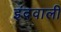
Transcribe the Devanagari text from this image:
इंदवाली